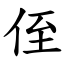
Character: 侄